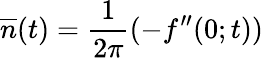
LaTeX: \overline{{{n}}}(t)=\frac 1{2\pi}(-f^{\prime\prime}(0;t))